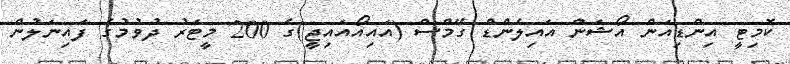
ކޮމިޓީ އިންޑިއަން އޯޝަން އައިލެންޑް ގޭމްސް (އައިއޯއައިޖީ)ގެ 200 މީޓަރު ދުވުމުގެ ފައިނަލުން